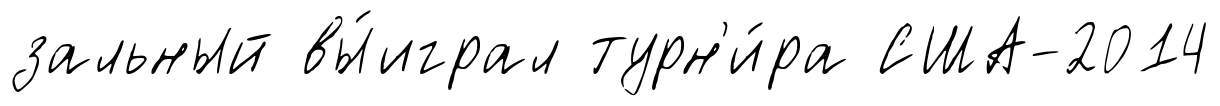
зальный вы́играл турн'и́ра США-2014